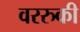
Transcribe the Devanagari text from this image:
वररुकी